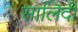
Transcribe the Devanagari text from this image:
सालिदी